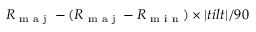
{ R \textsubscript { m a j } - { ( R \textsubscript { m a j } - R \textsubscript { m i n } ) } \times | t i l t | / 9 0 }